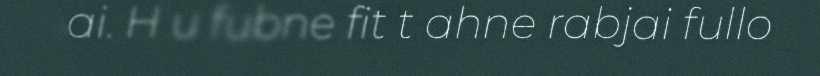
ai. H u fubne fit t ahne rabjai fullo